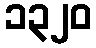
၁၃၂၀